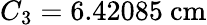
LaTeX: C_{3}=6.42085\ \mathrm{cm}